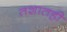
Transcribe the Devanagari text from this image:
तशातही